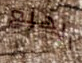
الهلع